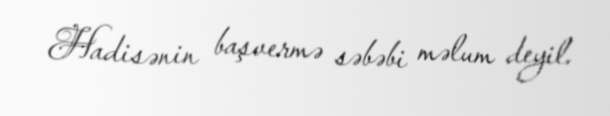
Hadisənin başvermə səbəbi məlum deyil.